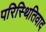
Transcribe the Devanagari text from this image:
परिस्थितिवाद